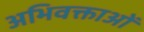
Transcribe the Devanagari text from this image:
अभिवक्ताओं